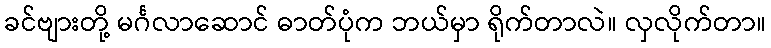
ခင်ဗျားတို့ မင်္ဂလာဆောင် ဓာတ်ပုံက ဘယ်မှာ ရိုက်တာလဲ။ လှလိုက်တာ။